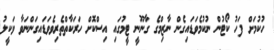
ހުކުމަށް ފަހު ކޯޓުން ނުކުމެވަޑައިގެން ނާޒިމްގެ ގާނޫނީ ޓީމުގައި އިސްކޮށް ހަރަކާތްތެރިވެވަޑައިގަންނަވާ ވަކީލު